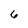
Character: 6